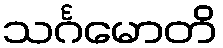
သင်္ဂမောတိ